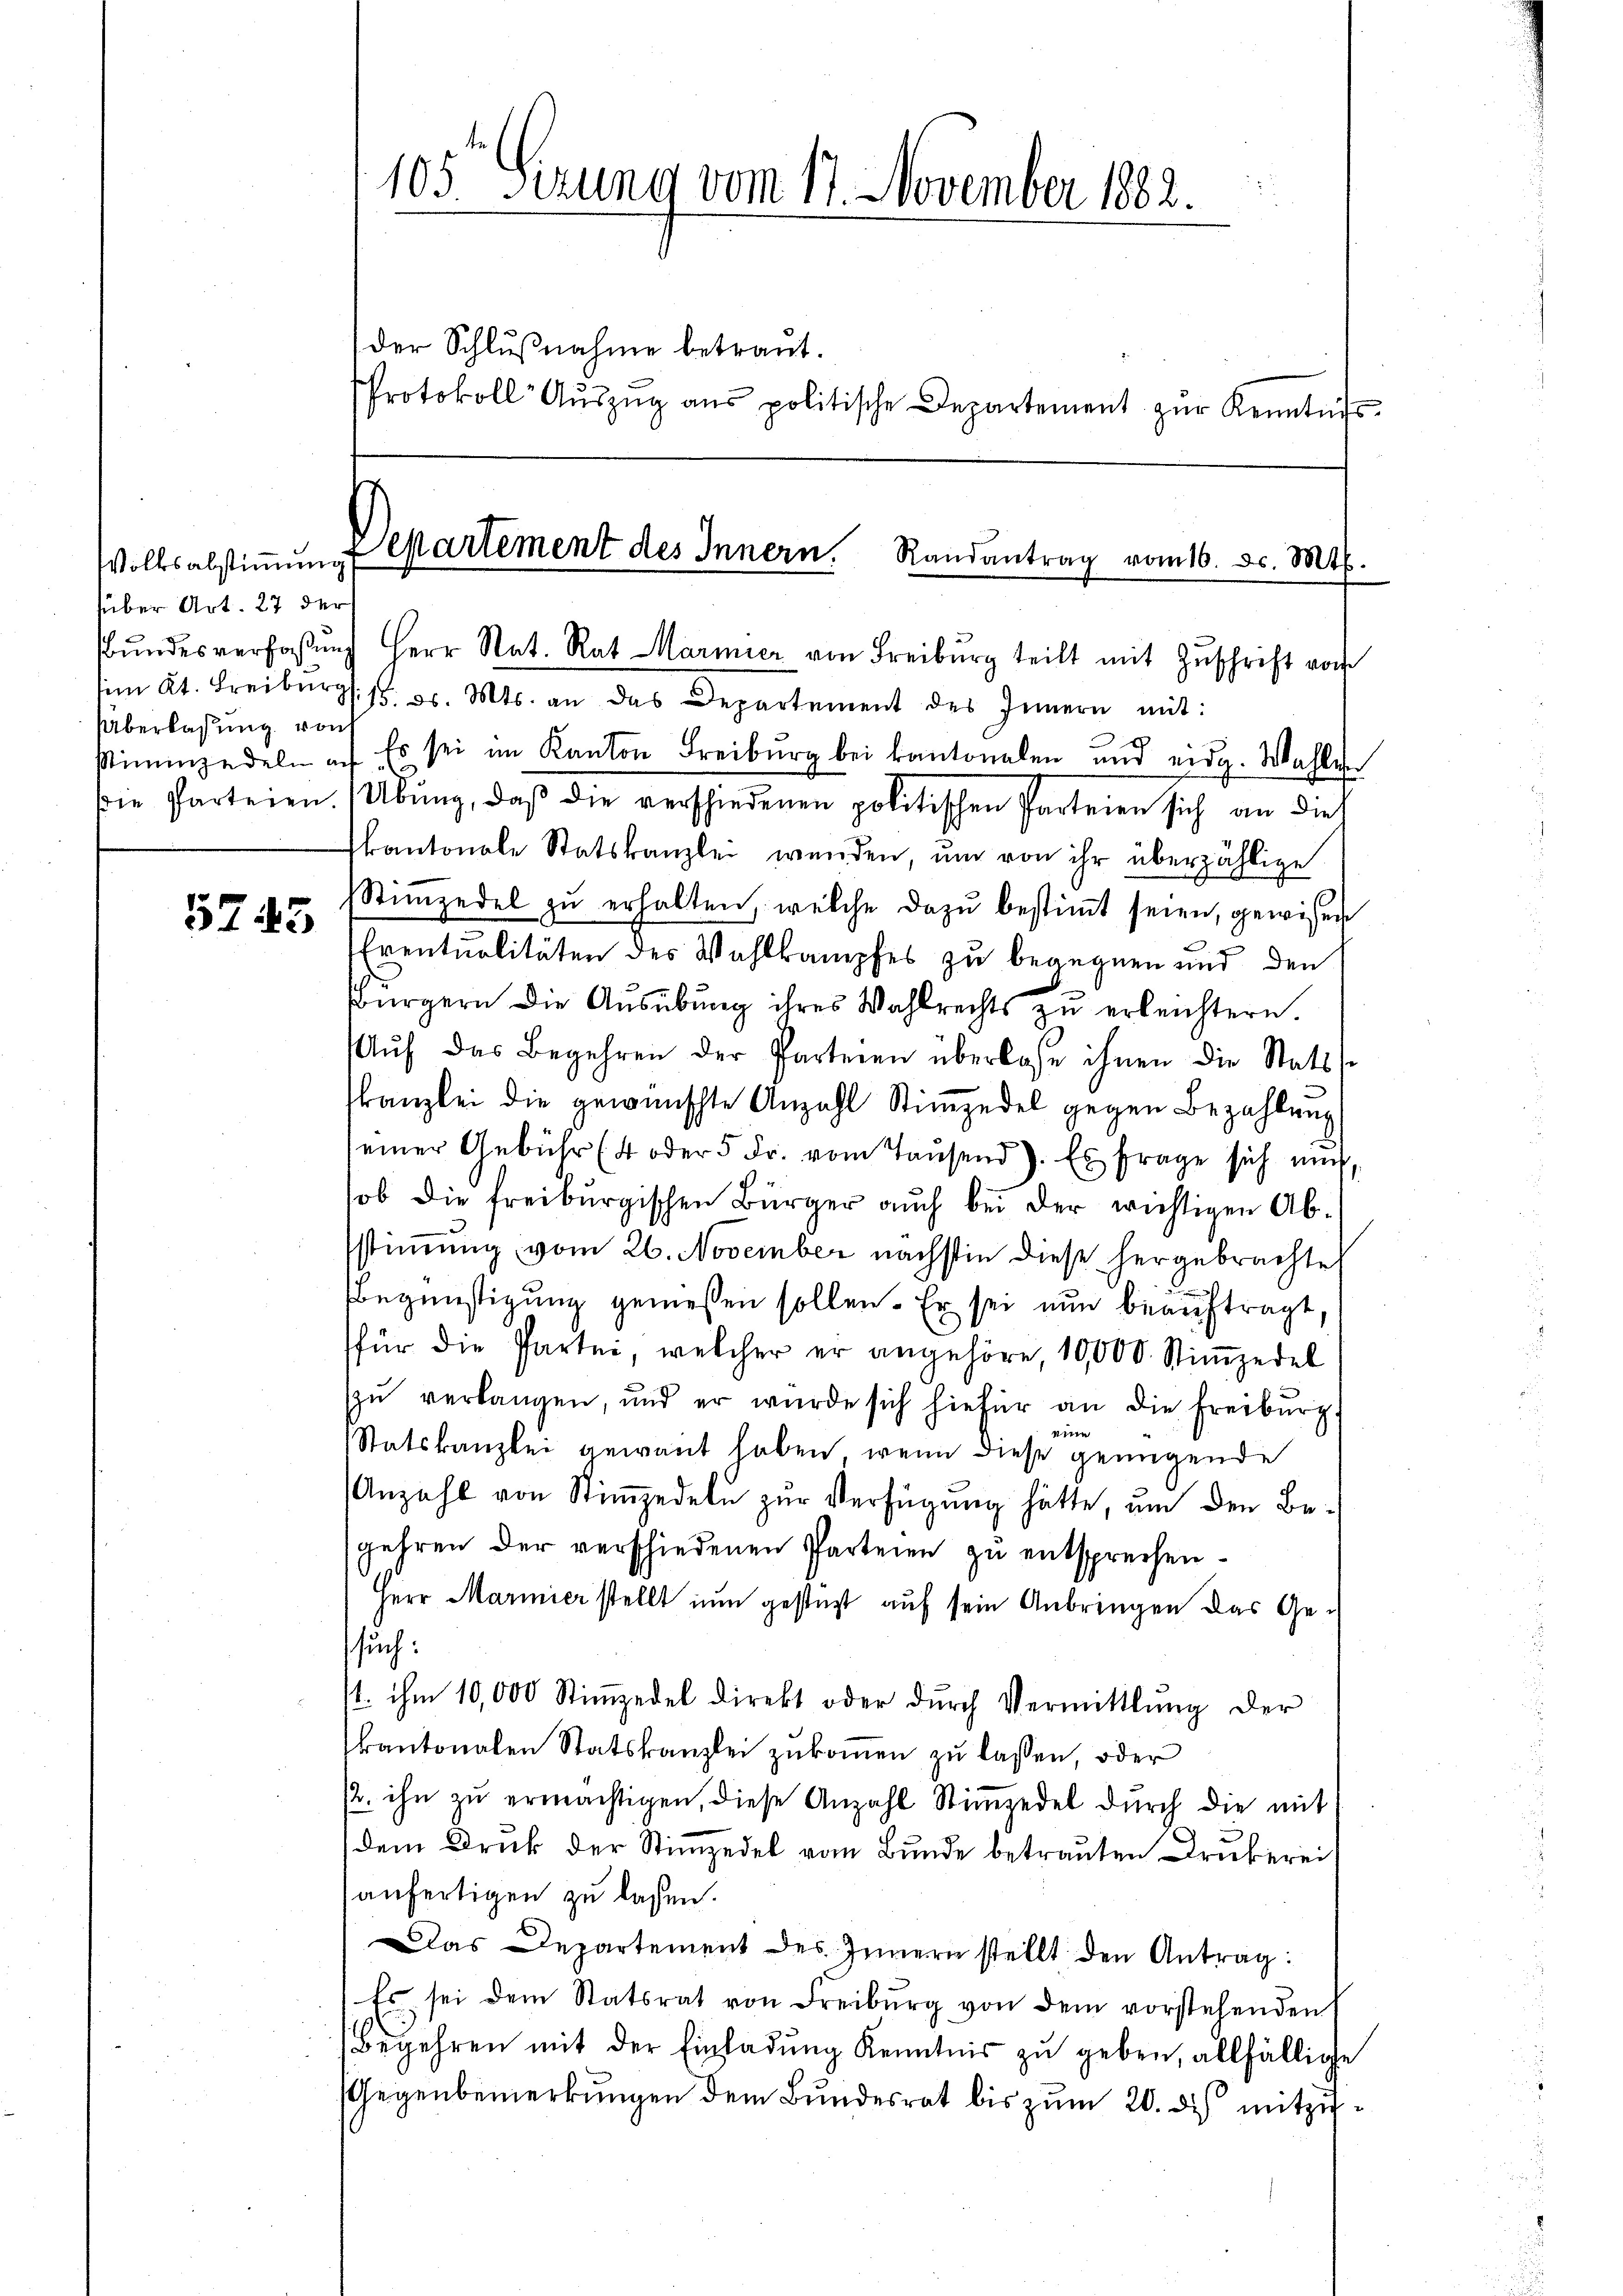
Volksabstiṁŭng
süber Art. 27 der
Überlassung von

5745

105 Sizung vom 17. November 1882.
der Schlußnahme betraut.
Protokoll Aŭszŭg ans politische Departement zŭr Kenntnis-

Separtement des Innern. Randantrag vom 16. ds. Mts.

Bundesverfaßung Herr Nat. Rat Marmier von Freiburg teilt mit Zuschrift von
im 2t. Freiburg. 18. d. Mts. an das Departement des Innern mit:
stimmzedeln a. Es sei im Kanton Freiburg bei kantonalen und eidg. Wahlen
die Parteien. (Übung, daß die verschiedenen politischen Parteien sich an dies
kantonale Statskanzlei werden, um von ihr überzählige
Stimmzedel zŭ erhalten, welche dazu bestimmt seien, gewissen
Eventualitäten des Wahlkampfes zu begegnen und den
Bürgern die Aŭsübŭng ihres Wahlrechts zŭ erleichtern.
Aŭf das Begehren der Parteren überlasse ihnen die Statt s
kanzlei die gewünschte Anzahl Stiṁzedel gegen Bezahlung
einer Gebühr (4 oder 5 Fr. vom Taŭsend). Es frage sich auch,
ob die freiburgischen Bürger auch bei der wichtigen Abstimmung vom 26. November nächstin diese hergebrachte
.
Begünstigung gemessen sollen. Er sei nun beauftragt,
für die Partei, welcher er angehöre, 10000. Stiṁzedel
zŭ verlangen, und er würde sich hiefür an die Freiburg
eine
Statskanzlei gewant haben, wenn diese genügende
Anzahl von Stimmzedeln zur Verfügung hätte, um den Begehren der verschiedenen Parteien zu entsprechen¬
Herr Marmier stellt nun gestüst auf sein Anbringen das Ge-
such:
t. ihm 10,000 Stimmzedel direkt oder dŭrch Vermittlung der
kantonalen Statskanzlei zukommen zu lassen, oder
/2. ihn zŭ ermächtigen, diese Anzahl Stiṁzedel durch die mit
dem Druck der Stimmzedel vom Bunde betrauten Drukerei
anfertigen zu lassen.
Das Departement des Innern stellt den Antrag:
Es sei dem Statsrat von Freiburg von dem vorstehenden
Begehren mit der Einladŭng Kenntnis zŭ geben, allfällige
Gegenbemerkungen dem Bundesrat bis zum 20. des mitzu¬